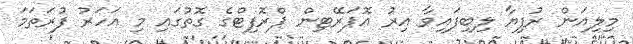
މިލިއަން ރުފިޔާ ލިބިފައިވާ އިރު އޮޕަރޭޓިން ޕްރޮފިޓްގެ ގޮތުގައި މި އަހަރު ފުރަތަމަ